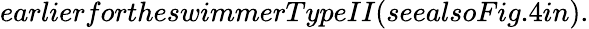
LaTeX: earlierfortheswimmerTypeII(seealsoFig.4in).